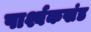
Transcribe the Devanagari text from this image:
पार्श्वकखंड